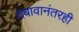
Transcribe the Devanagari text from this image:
दबावानंतरही